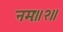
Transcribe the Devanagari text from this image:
नमः॥२॥